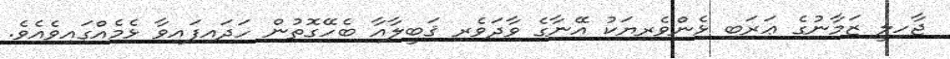
ޖާހިލީ ޒަމާނުގެ ޢަރަބި ޅެންވެރިޔަކު އޭނާގެ ވާދަވެރި ޤަބީލާއާ ބެހޭގޮތުން ހަދައިފައިވާ ޅެމެއްގައިވެއެވެ.